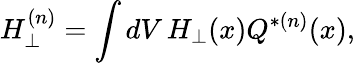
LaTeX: H_{\perp}^{(n)}=\int dV\, H_{\perp}(x)Q^{*(n)}(x),